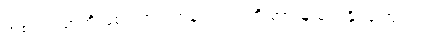
အစားအစာကို မစားဘဲ ရဟန်းတရားကို အားမထုတ်နိုင်ကြောင်း